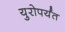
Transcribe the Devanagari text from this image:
युरोपर्यंत